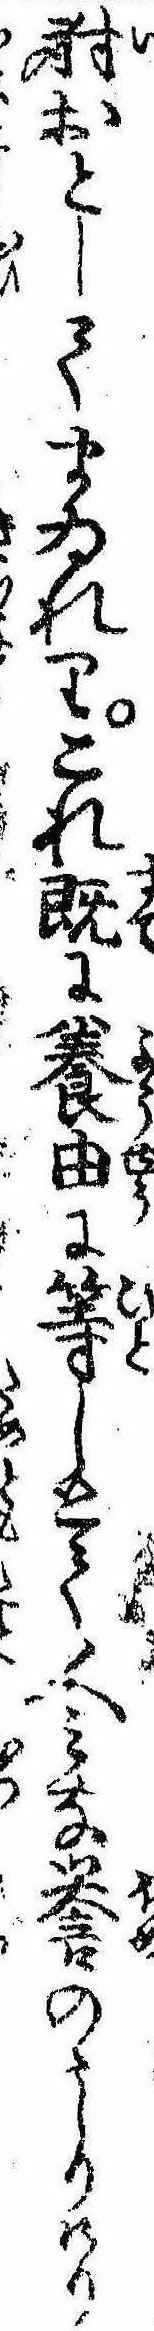
射おとしてまゐれりこれ既に養由に等しとて人みな誉のゝしりけり